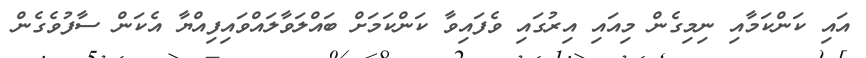
އައި ކަންކަމާއި ނިމިގެން މިއައި އިރުގައި ވެފައިވާ ކަންކަމަށް ބައްލަވާލައްވައިފިއްޔާ އެކަން ސާފުވެގެން